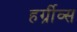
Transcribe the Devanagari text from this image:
हर्ग्रीव्स